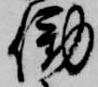
働